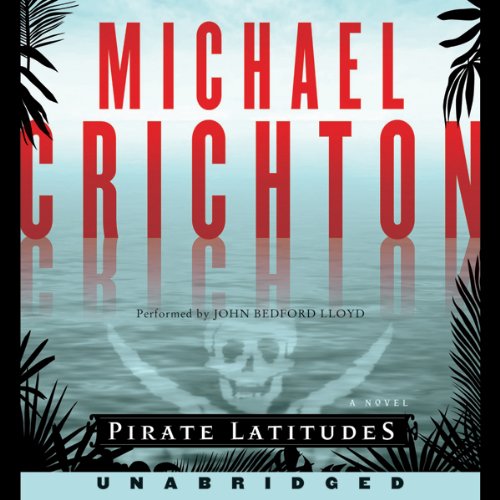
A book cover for Pirate Latitudes; Michael Crichton; Mystery, Thriller & Suspense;